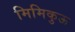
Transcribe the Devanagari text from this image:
मिमिकुऊ